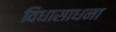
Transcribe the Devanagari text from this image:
विधासाधना